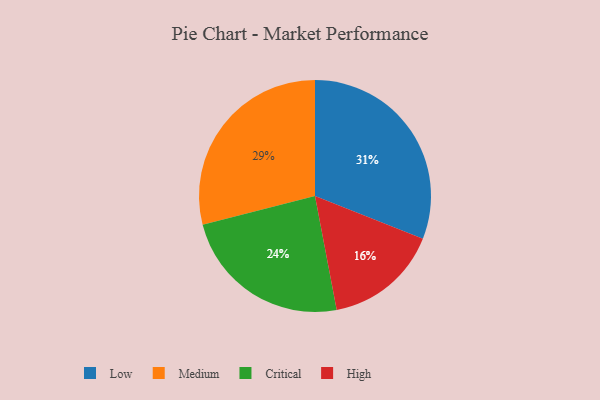
{"axis": {"x": "Category", "y": "Percentage"}, "legend": ["Critical", "High", "Low", "Medium"], "data": [{"x": "Critical", "y": 24, "type": "Critical"}, {"x": "High", "y": 16, "type": "High"}, {"x": "Low", "y": 31, "type": "Low"}, {"x": "Medium", "y": 29, "type": "Medium"}]}